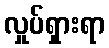
လှုပ်ရှားရာ